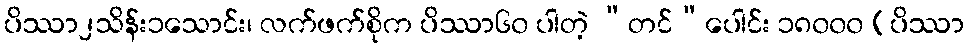
ပိဿာ၂သိန်း၁သောင်း၊ လက်ဖက်စိုက ပိဿာ၆၀ ပါတဲ့ “တင်”ပေါင်း ၁၈၀၀၀ (ပိဿာ